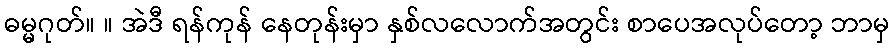
ဓမ္မဂုတ်။ ။ အဲဒီ ရန်ကုန် နေတုန်းမှာ နှစ်လလောက်အတွင်း စာပေအလုပ်တော့ ဘာမှ